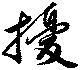
擾